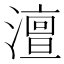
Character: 澶